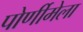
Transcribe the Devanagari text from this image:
पोर्णीमेला